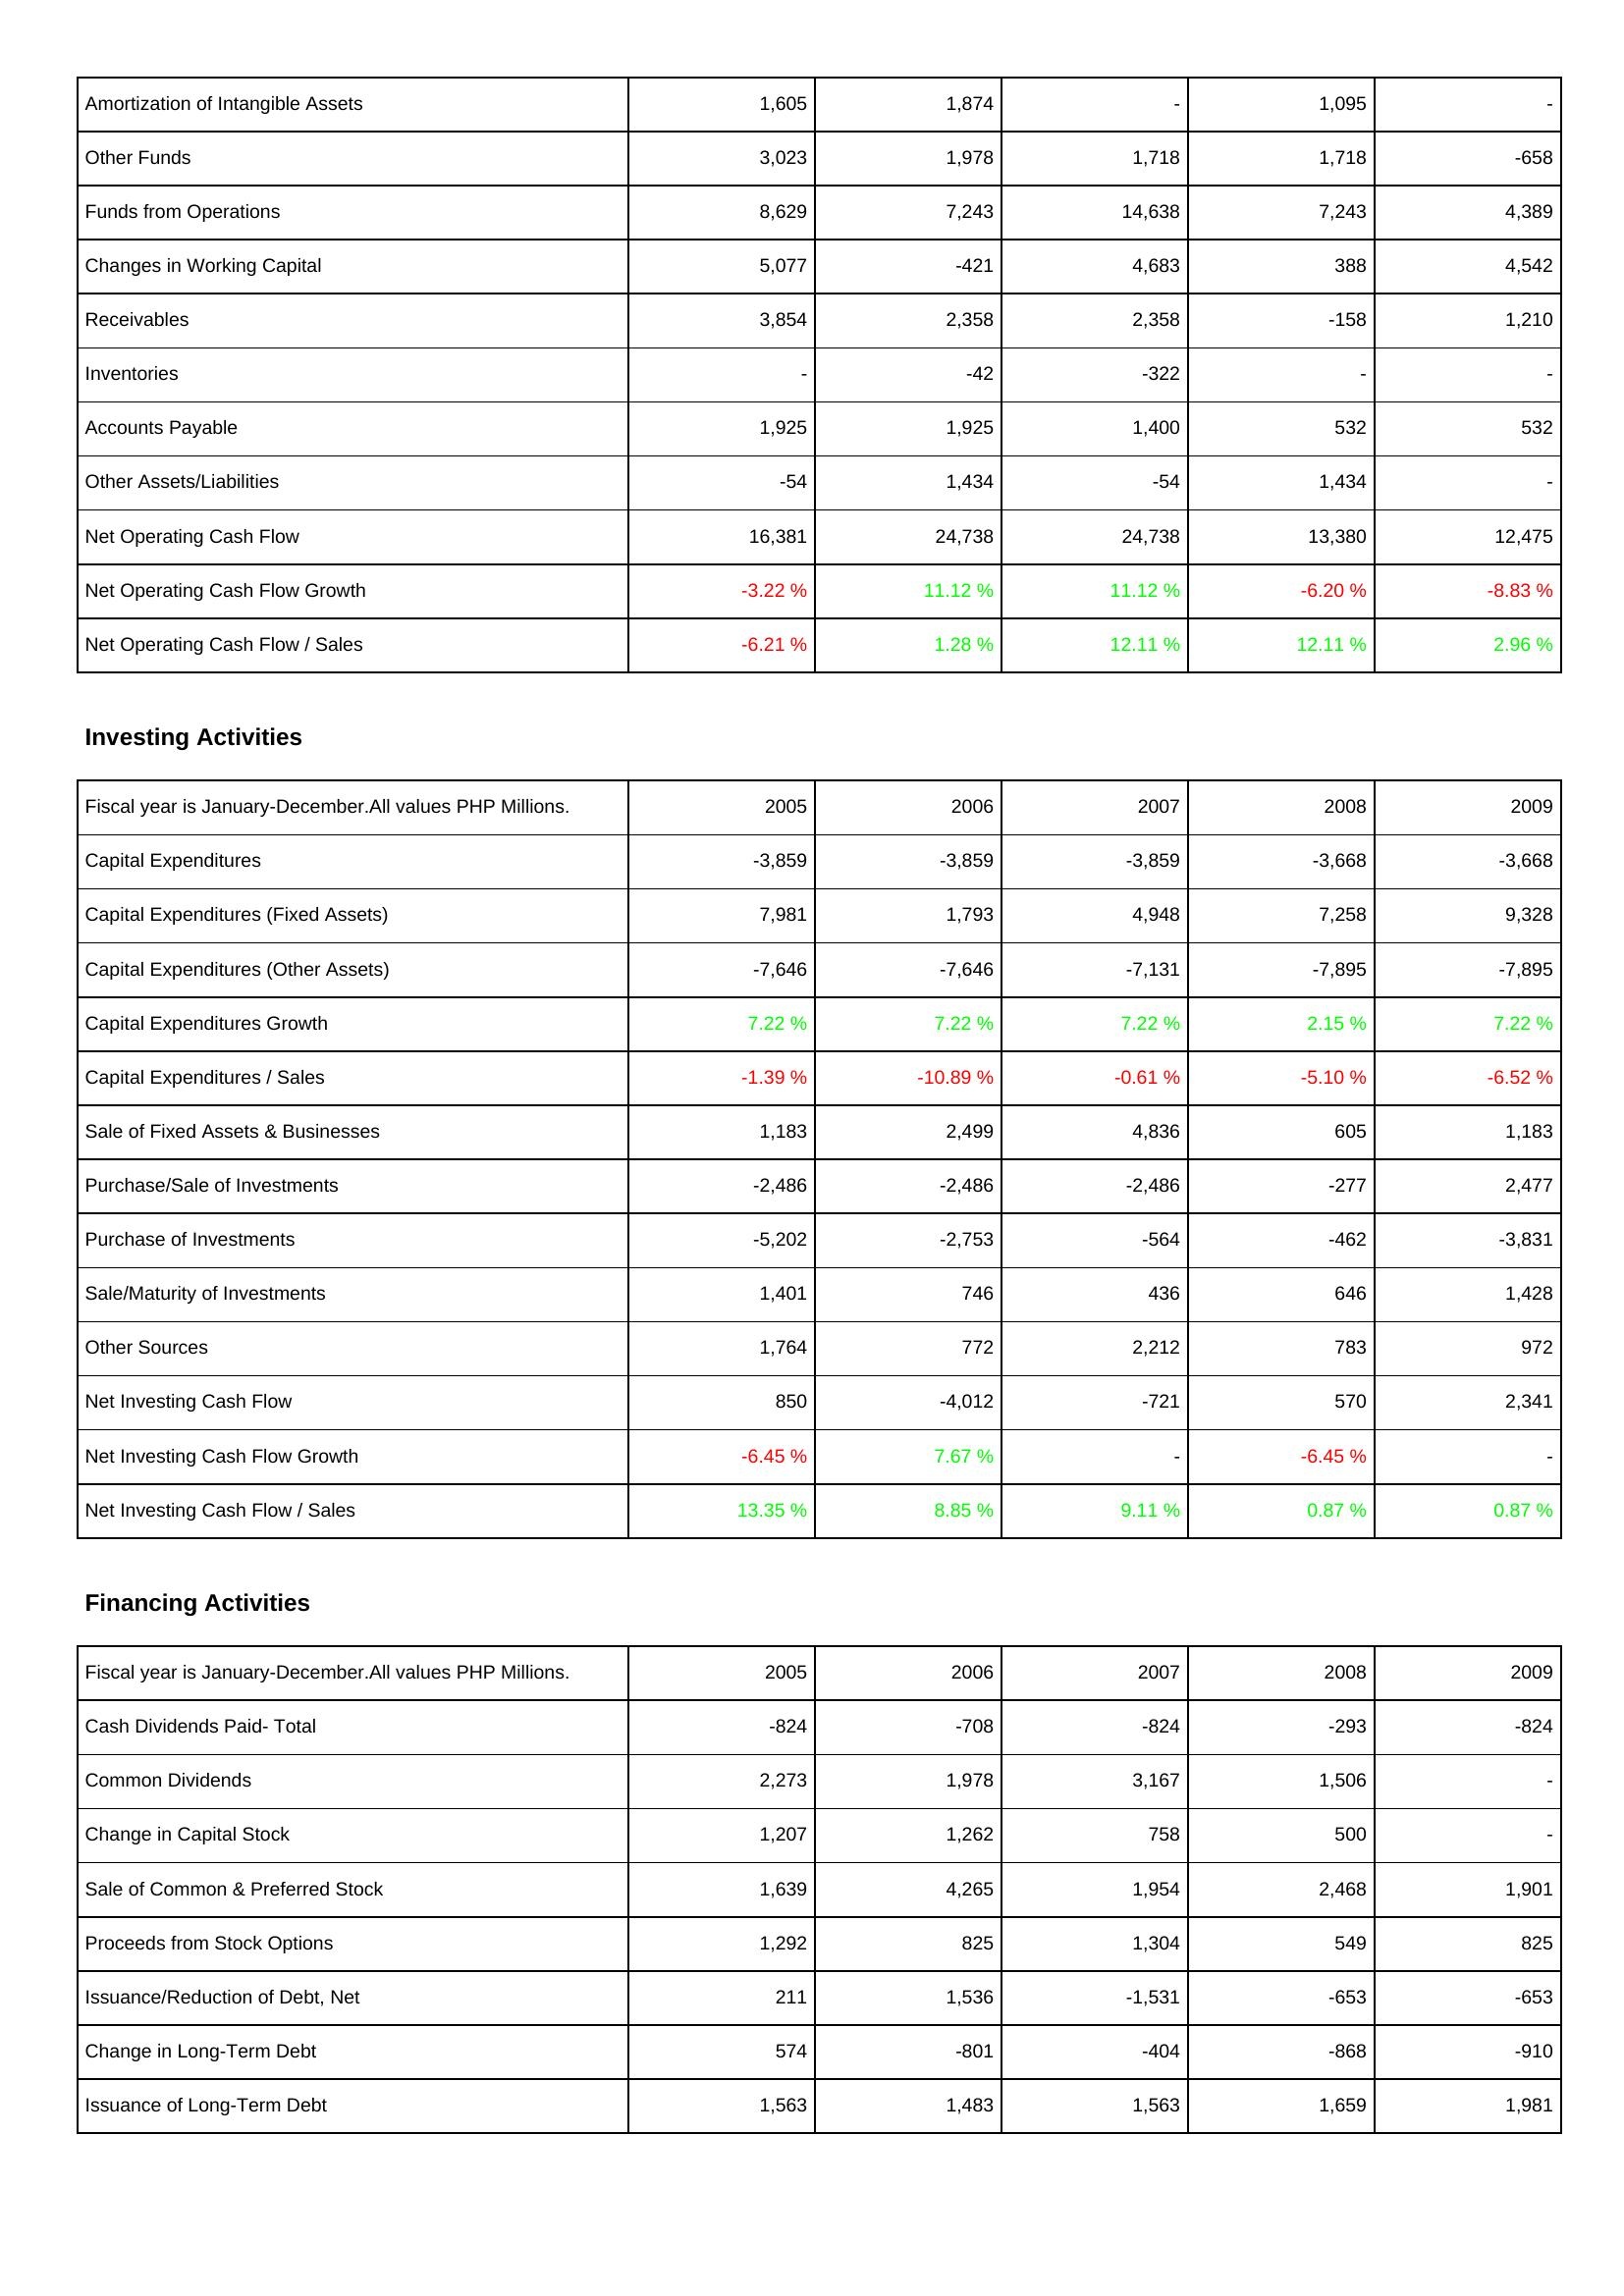
2005: Operating Activities: Amortization of Intangible Assets: 1,605
Other Funds: 3,023
Funds from Operations: 8,629
Changes in Working Capital: 5,077
Receivables: 3,854
Inventories: -
Accounts Payable: 1,925
Other Assets/Liabilities: -54
Net Operating Cash Flow: 16,381
Net Operating Cash Flow Growth: -3.22 %
Net Operating Cash Flow / Sales: -6.21 %
Investing Activities: Capital Expenditures: -3,859
Capital Expenditures (Fixed Assets): 7,981
Capital Expenditures (Other Assets): -7,646
Capital Expenditures Growth: 7.22 %
Capital Expenditures / Sales: -1.39 %
Sale of Fixed Assets & Businesses: 1,183
Purchase/Sale of Investments: -2,486
Purchase of Investments: -5,202
Sale/Maturity of Investments: 1,401
Other Sources: 1,764
Net Investing Cash Flow: 850
Net Investing Cash Flow Growth: -6.45 %
Net Investing Cash Flow / Sales: 13.35 %
Financing Activities: Cash Dividends Paid- Total: -824
Common Dividends: 2,273
Change in Capital Stock: 1,207
Sale of Common & Preferred Stock: 1,639
Proceeds from Stock Options: 1,292
Issuance/Reduction of Debt, Net: 211
Change in Long-Term Debt: 574
Issuance of Long-Term Debt: 1,563
2006: Operating Activities: Amortization of Intangible Assets: 1,874
Other Funds: 1,978
Funds from Operations: 7,243
Changes in Working Capital: -421
Receivables: 2,358
Inventories: -42
Accounts Payable: 1,925
Other Assets/Liabilities: 1,434
Net Operating Cash Flow: 24,738
Net Operating Cash Flow Growth: 11.12 %
Net Operating Cash Flow / Sales: 1.28 %
Investing Activities: Capital Expenditures: -3,859
Capital Expenditures (Fixed Assets): 1,793
Capital Expenditures (Other Assets): -7,646
Capital Expenditures Growth: 7.22 %
Capital Expenditures / Sales: -10.89 %
Sale of Fixed Assets & Businesses: 2,499
Purchase/Sale of Investments: -2,486
Purchase of Investments: -2,753
Sale/Maturity of Investments: 746
Other Sources: 772
Net Investing Cash Flow: -4,012
Net Investing Cash Flow Growth: 7.67 %
Net Investing Cash Flow / Sales: 8.85 %
Financing Activities: Cash Dividends Paid- Total: -708
Common Dividends: 1,978
Change in Capital Stock: 1,262
Sale of Common & Preferred Stock: 4,265
Proceeds from Stock Options: 825
Issuance/Reduction of Debt, Net: 1,536
Change in Long-Term Debt: -801
Issuance of Long-Term Debt: 1,483
2007: Operating Activities: Amortization of Intangible Assets: -
Other Funds: 1,718
Funds from Operations: 14,638
Changes in Working Capital: 4,683
Receivables: 2,358
Inventories: -322
Accounts Payable: 1,400
Other Assets/Liabilities: -54
Net Operating Cash Flow: 24,738
Net Operating Cash Flow Growth: 11.12 %
Net Operating Cash Flow / Sales: 12.11 %
Investing Activities: Capital Expenditures: -3,859
Capital Expenditures (Fixed Assets): 4,948
Capital Expenditures (Other Assets): -7,131
Capital Expenditures Growth: 7.22 %
Capital Expenditures / Sales: -0.61 %
Sale of Fixed Assets & Businesses: 4,836
Purchase/Sale of Investments: -2,486
Purchase of Investments: -564
Sale/Maturity of Investments: 436
Other Sources: 2,212
Net Investing Cash Flow: -721
Net Investing Cash Flow Growth: -
Net Investing Cash Flow / Sales: 9.11 %
Financing Activities: Cash Dividends Paid- Total: -824
Common Dividends: 3,167
Change in Capital Stock: 758
Sale of Common & Preferred Stock: 1,954
Proceeds from Stock Options: 1,304
Issuance/Reduction of Debt, Net: -1,531
Change in Long-Term Debt: -404
Issuance of Long-Term Debt: 1,563
2008: Operating Activities: Amortization of Intangible Assets: 1,095
Other Funds: 1,718
Funds from Operations: 7,243
Changes in Working Capital: 388
Receivables: -158
Inventories: -
Accounts Payable: 532
Other Assets/Liabilities: 1,434
Net Operating Cash Flow: 13,380
Net Operating Cash Flow Growth: -6.20 %
Net Operating Cash Flow / Sales: 12.11 %
Investing Activities: Capital Expenditures: -3,668
Capital Expenditures (Fixed Assets): 7,258
Capital Expenditures (Other Assets): -7,895
Capital Expenditures Growth: 2.15 %
Capital Expenditures / Sales: -5.10 %
Sale of Fixed Assets & Businesses: 605
Purchase/Sale of Investments: -277
Purchase of Investments: -462
Sale/Maturity of Investments: 646
Other Sources: 783
Net Investing Cash Flow: 570
Net Investing Cash Flow Growth: -6.45 %
Net Investing Cash Flow / Sales: 0.87 %
Financing Activities: Cash Dividends Paid- Total: -293
Common Dividends: 1,506
Change in Capital Stock: 500
Sale of Common & Preferred Stock: 2,468
Proceeds from Stock Options: 549
Issuance/Reduction of Debt, Net: -653
Change in Long-Term Debt: -868
Issuance of Long-Term Debt: 1,659
2009: Operating Activities: Amortization of Intangible Assets: -
Other Funds: -658
Funds from Operations: 4,389
Changes in Working Capital: 4,542
Receivables: 1,210
Inventories: -
Accounts Payable: 532
Other Assets/Liabilities: -
Net Operating Cash Flow: 12,475
Net Operating Cash Flow Growth: -8.83 %
Net Operating Cash Flow / Sales: 2.96 %
Investing Activities: Capital Expenditures: -3,668
Capital Expenditures (Fixed Assets): 9,328
Capital Expenditures (Other Assets): -7,895
Capital Expenditures Growth: 7.22 %
Capital Expenditures / Sales: -6.52 %
Sale of Fixed Assets & Businesses: 1,183
Purchase/Sale of Investments: 2,477
Purchase of Investments: -3,831
Sale/Maturity of Investments: 1,428
Other Sources: 972
Net Investing Cash Flow: 2,341
Net Investing Cash Flow Growth: -
Net Investing Cash Flow / Sales: 0.87 %
Financing Activities: Cash Dividends Paid- Total: -824
Common Dividends: -
Change in Capital Stock: -
Sale of Common & Preferred Stock: 1,901
Proceeds from Stock Options: 825
Issuance/Reduction of Debt, Net: -653
Change in Long-Term Debt: -910
Issuance of Long-Term Debt: 1,981